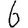
Digit: 6